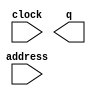
// megafunction wizard: %ROM: 1-PORT%VBB%
// GENERATION: STANDARD
// VERSION: WM1.0
// MODULE: altsyncram 

// ============================================================
// Megafunction Name(s):
// 			altsyncram
//
// Simulation Library Files(s):
// 			altera_mf
// ============================================================
// ************************************************************
// THIS IS A WIZARD-GENERATED FILE. DO NOT EDIT THIS FILE!
//
// 14.0.0 Build 200 06/17/2014 SJ Full Version
// ************************************************************

//Copyright (C) 1991-2014 Altera Corporation. All rights reserved.
//Your use of Altera Corporation's design tools, logic functions 
//and other software and tools, and its AMPP partner logic 
//functions, and any output files from any of the foregoing 
//(including device programming or simulation files), and any 
//associated documentation or information are expressly subject 
//to the terms and conditions of the Altera Program License 
//Subscription Agreement, the Altera Quartus II License Agreement,
//the Altera MegaCore Function License Agreement, or other 
//applicable license agreement, including, without limitation, 
//that your use is for the sole purpose of programming logic 
//devices manufactured by Altera and sold by Altera or its 
//authorized distributors.  Please refer to the applicable 
//agreement for further details.

module cordic_factor_exp_rom_ip (
	address,
	clock,
	q);

	input	[7:0]  address;
	input	  clock;
	output	[63:0]  q;
`ifndef ALTERA_RESERVED_QIS
// synopsys translate_off
`endif
	tri1	  clock;
`ifndef ALTERA_RESERVED_QIS
// synopsys translate_on
`endif

endmodule

// ============================================================
// CNX file retrieval info
// ============================================================
// Retrieval info: PRIVATE: ADDRESSSTALL_A NUMERIC "0"
// Retrieval info: PRIVATE: AclrAddr NUMERIC "0"
// Retrieval info: PRIVATE: AclrByte NUMERIC "0"
// Retrieval info: PRIVATE: AclrOutput NUMERIC "0"
// Retrieval info: PRIVATE: BYTE_ENABLE NUMERIC "0"
// Retrieval info: PRIVATE: BYTE_SIZE NUMERIC "8"
// Retrieval info: PRIVATE: BlankMemory NUMERIC "0"
// Retrieval info: PRIVATE: CLOCK_ENABLE_INPUT_A NUMERIC "0"
// Retrieval info: PRIVATE: CLOCK_ENABLE_OUTPUT_A NUMERIC "0"
// Retrieval info: PRIVATE: Clken NUMERIC "0"
// Retrieval info: PRIVATE: IMPLEMENT_IN_LES NUMERIC "0"
// Retrieval info: PRIVATE: INIT_FILE_LAYOUT STRING "PORT_A"
// Retrieval info: PRIVATE: INIT_TO_SIM_X NUMERIC "0"
// Retrieval info: PRIVATE: INTENDED_DEVICE_FAMILY STRING "Cyclone V"
// Retrieval info: PRIVATE: JTAG_ENABLED NUMERIC "1"
// Retrieval info: PRIVATE: JTAG_ID STRING "expK"
// Retrieval info: PRIVATE: MAXIMUM_DEPTH NUMERIC "0"
// Retrieval info: PRIVATE: MIFfilename STRING "../04_scripts/exp_cordic_factor_Kn.mif"
// Retrieval info: PRIVATE: NUMWORDS_A NUMERIC "256"
// Retrieval info: PRIVATE: RAM_BLOCK_TYPE NUMERIC "0"
// Retrieval info: PRIVATE: RegAddr NUMERIC "1"
// Retrieval info: PRIVATE: RegOutput NUMERIC "1"
// Retrieval info: PRIVATE: SYNTH_WRAPPER_GEN_POSTFIX STRING "0"
// Retrieval info: PRIVATE: SingleClock NUMERIC "1"
// Retrieval info: PRIVATE: UseDQRAM NUMERIC "0"
// Retrieval info: PRIVATE: WidthAddr NUMERIC "8"
// Retrieval info: PRIVATE: WidthData NUMERIC "64"
// Retrieval info: PRIVATE: rden NUMERIC "0"
// Retrieval info: LIBRARY: altera_mf altera_mf.altera_mf_components.all
// Retrieval info: CONSTANT: ADDRESS_ACLR_A STRING "NONE"
// Retrieval info: CONSTANT: CLOCK_ENABLE_INPUT_A STRING "BYPASS"
// Retrieval info: CONSTANT: CLOCK_ENABLE_OUTPUT_A STRING "BYPASS"
// Retrieval info: CONSTANT: INIT_FILE STRING "../04_scripts/exp_cordic_factor_Kn.mif"
// Retrieval info: CONSTANT: INTENDED_DEVICE_FAMILY STRING "Cyclone V"
// Retrieval info: CONSTANT: LPM_HINT STRING "ENABLE_RUNTIME_MOD=YES,INSTANCE_NAME=expK"
// Retrieval info: CONSTANT: LPM_TYPE STRING "altsyncram"
// Retrieval info: CONSTANT: NUMWORDS_A NUMERIC "256"
// Retrieval info: CONSTANT: OPERATION_MODE STRING "ROM"
// Retrieval info: CONSTANT: OUTDATA_ACLR_A STRING "NONE"
// Retrieval info: CONSTANT: OUTDATA_REG_A STRING "CLOCK0"
// Retrieval info: CONSTANT: WIDTHAD_A NUMERIC "8"
// Retrieval info: CONSTANT: WIDTH_A NUMERIC "64"
// Retrieval info: CONSTANT: WIDTH_BYTEENA_A NUMERIC "1"
// Retrieval info: USED_PORT: address 0 0 8 0 INPUT NODEFVAL "address[7..0]"
// Retrieval info: USED_PORT: clock 0 0 0 0 INPUT VCC "clock"
// Retrieval info: USED_PORT: q 0 0 64 0 OUTPUT NODEFVAL "q[63..0]"
// Retrieval info: CONNECT: @address_a 0 0 8 0 address 0 0 8 0
// Retrieval info: CONNECT: @clock0 0 0 0 0 clock 0 0 0 0
// Retrieval info: CONNECT: q 0 0 64 0 @q_a 0 0 64 0
// Retrieval info: GEN_FILE: TYPE_NORMAL cordic_factor_exp_rom_ip.v TRUE
// Retrieval info: GEN_FILE: TYPE_NORMAL cordic_factor_exp_rom_ip.inc FALSE
// Retrieval info: GEN_FILE: TYPE_NORMAL cordic_factor_exp_rom_ip.cmp FALSE
// Retrieval info: GEN_FILE: TYPE_NORMAL cordic_factor_exp_rom_ip.bsf FALSE
// Retrieval info: GEN_FILE: TYPE_NORMAL cordic_factor_exp_rom_ip_inst.v FALSE
// Retrieval info: GEN_FILE: TYPE_NORMAL cordic_factor_exp_rom_ip_bb.v TRUE
// Retrieval info: LIB_FILE: altera_mf